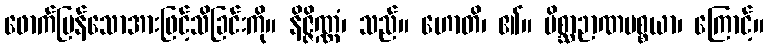
ဖောက်ပြန်သောအားဖြင့်သိခြင်းကို။ နိဇ္ဇိဏ္ဏံ၊ သည်။ ဟောတိ၊ ၏။ မိစ္ဆာဉာဏပစ္စယာ၊ ကြောင့်။